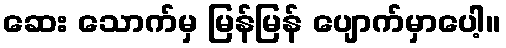
ဆေး သောက်မှ မြန်မြန် ပျောက်မှာပေါ့။